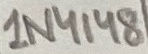
Text: 1N4148